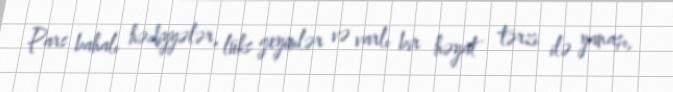
Pars bahalı hədiyyələr, lüks geyimlər və varlı bir həyat tərzi ilə yanaşı,